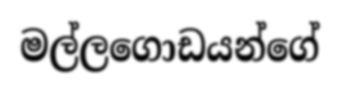
මල්ලගොඩයන්ගේ